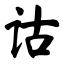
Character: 诂